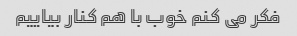
فکر می کنم خوب با هم کنار بیاییم